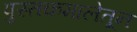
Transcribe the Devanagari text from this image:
पुस्तकमालेतून